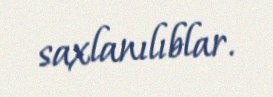
saxlanılıblar.